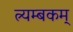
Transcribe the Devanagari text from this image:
त्र्यम्‍बकम्